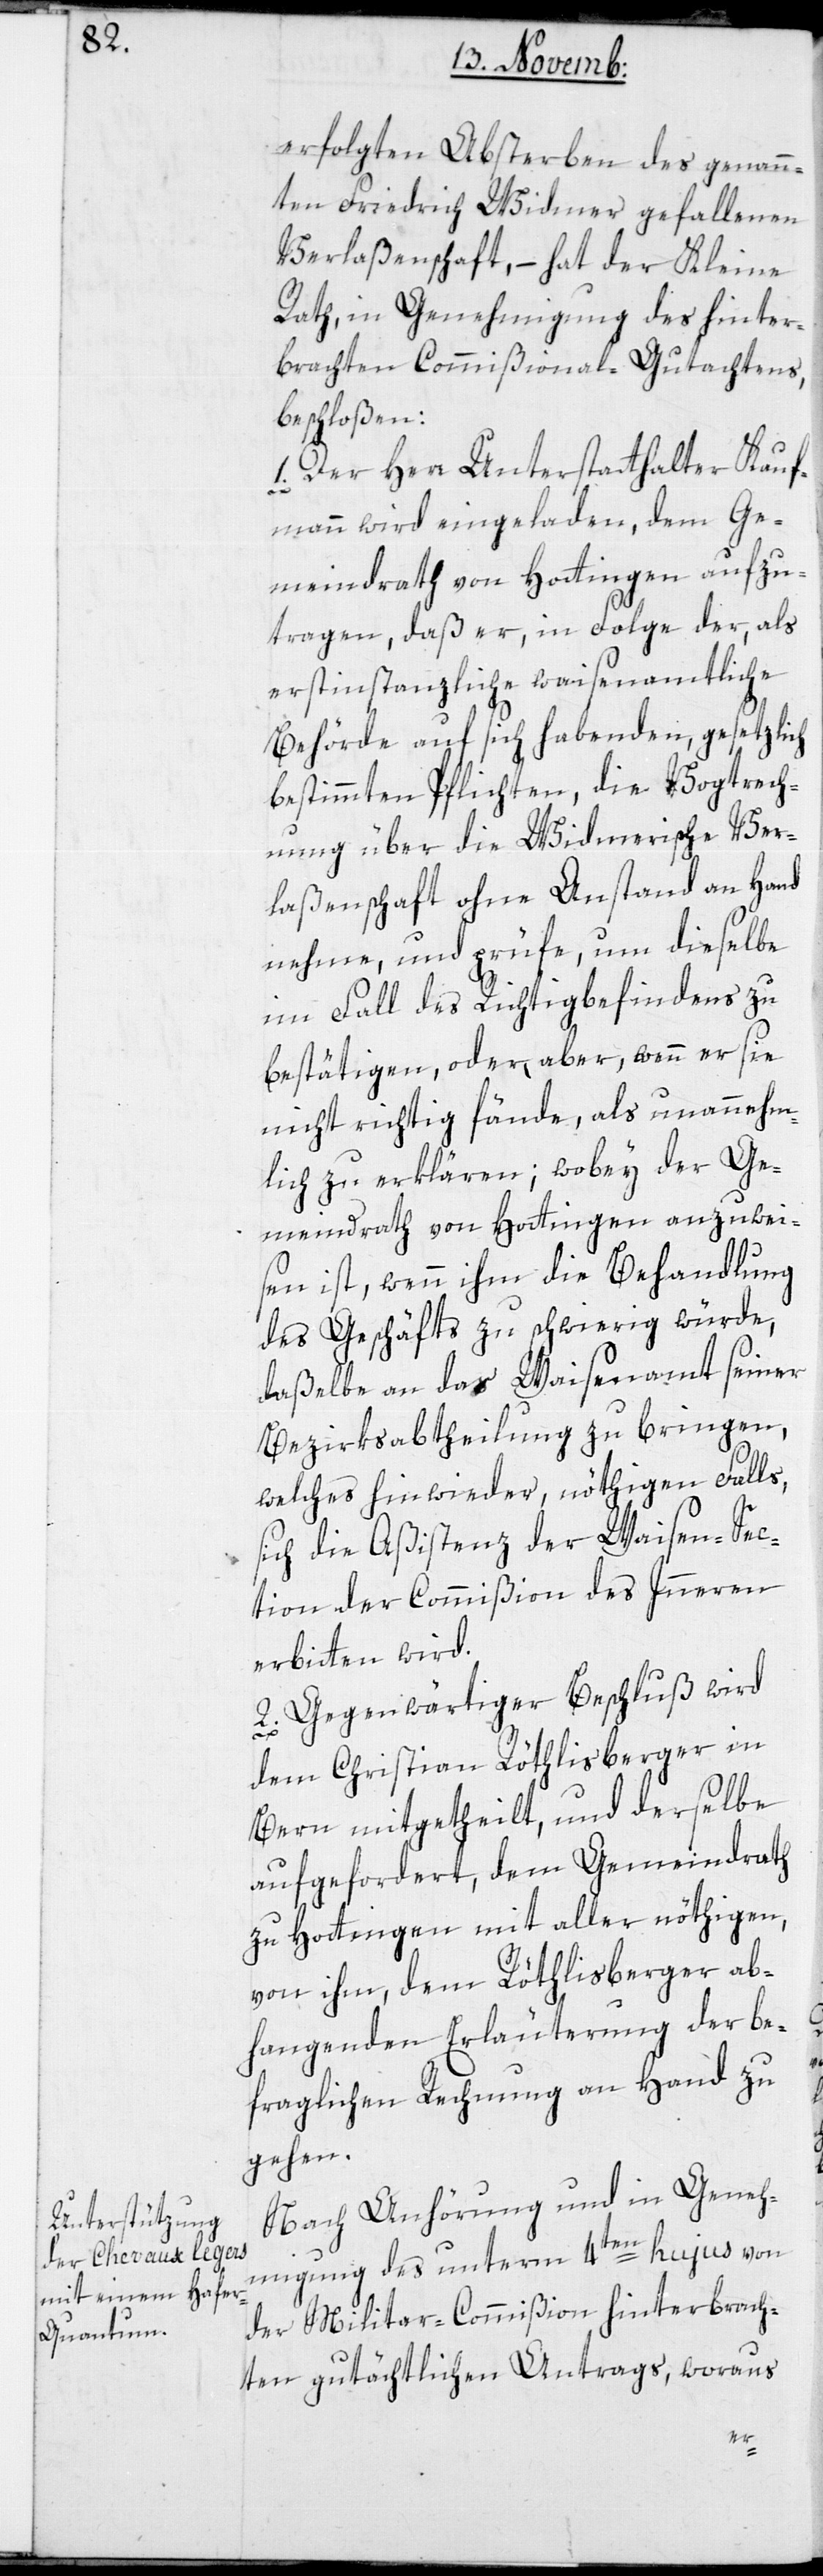
erfolgten Absterben des genann¬
ten Friedrich Widmer gefallenen
Verlaßenschaft, – hat der Kleine
Rat, in Genehmigung des hinter¬
brachten Commißional-Gutachtens,
beschloßen:
1. Der Herr Unterstatthalter Kauf¬
s¬
mann wird eingeladen, dem Ge¬
meindrath von Hottingen aufzu¬
tragen, daß er, in Folge der, als
erstinstanzliche waisenamtliche
Behörde auf sich habenden, gesetzlich
bestimmten Pflichten, die Vogtrech¬
nung über die Widmerische Ver¬
laßenschaft ohne Anstand an Hand
nehme, und prüfe, um dieselbe
im Fall des Richtigbefindens zu
beßtätigen, oder aber, wenn er sie
nicht richtig fände, als unannehm¬
lich zu erklären; wobey der Ge¬
meindrath von Hottingen anzuwei¬
sen ist, wenn ihm die Behandlung
des Geschäfts zu schwierig würde,
daßelbe an das Waisenamt seiner
Bezirksabtheilung zu bringen,
welches hinwieder, nöthigen Falls,
ich die Aßistenz der Waisen-Sec¬
tion der Commißion des Inneren
erbitten wird.
2. Gegenwärtiger Beschluß wird
dem Christian Röthlisberger in
Bern mitgetheilt, und derselbe
aufgefordert, dem Gemeindrath
zu Hottingen mit aller nöthigen,
von ihm, dem Röthlisberger ab¬
hangenden Erläuterung der be¬
fraglichen Rechnung, an Hand zu
gehen.
Nach Anhörung und in Geneh¬
migung des unterm 4ten hujus von
der Militar-Commißion hinterbrach¬
ten gutächtlichen Antrags, woraus